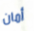
أمان